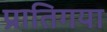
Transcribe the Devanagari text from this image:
प्रातिगया